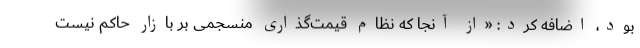
بود، اضافه کرد: «از آنجا که نظام قیمت‌گذاری منسجمی بر بازار حاکم نیست